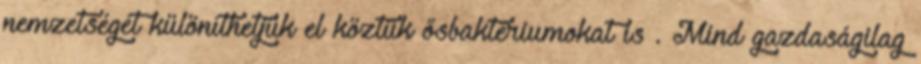
nemzetségét különíthetjük el köztük ősbaktériumokat is . Mind gazdaságilag